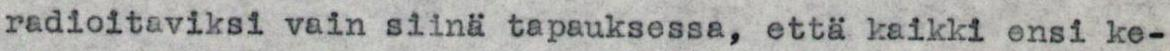
radioitaviksi vain siinä tapauksessa, että kaikki ensi ke-